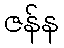
ဇန်န